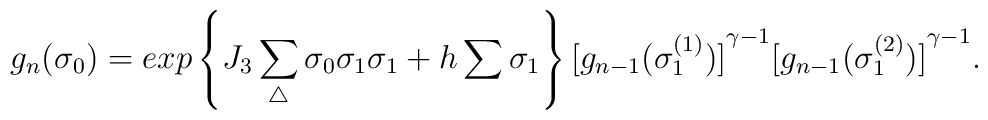
g_n({\sigma}_0)=exp\left \{ J_3\sum_{\triangle}{\sigma}_0 {\sigma}_1{\sigma}_1+h\sum{\sigma}_1 \right \}{[g_{n-1}({\sigma}_1^{(1)})]}^{\gamma-1}{[g_{n-1}({\sigma}_1^{(2)})]}^{\gamma-1} .